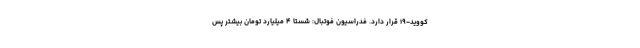
کووید-۱۹ قرار دارد. فدراسیون فوتبال: شستا ۴ میلیارد تومان بیشتر پس